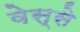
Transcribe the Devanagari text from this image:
वेस्से